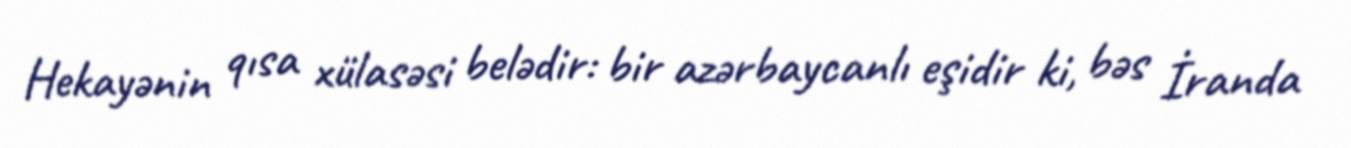
Hekayənin qısa xülasəsi belədir: bir azərbaycanlı eşidir ki, bəs İranda